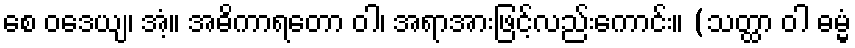
စေ ဝဒေယျ၊ အံ့။ အဓိကာရတော ဝါ၊ အရာအားဖြင့်လည်းကောင်း။ (သတ္ထာ ဝါ ဓမ္မံ